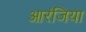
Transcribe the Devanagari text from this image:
आरंजिया